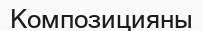
Композицияны